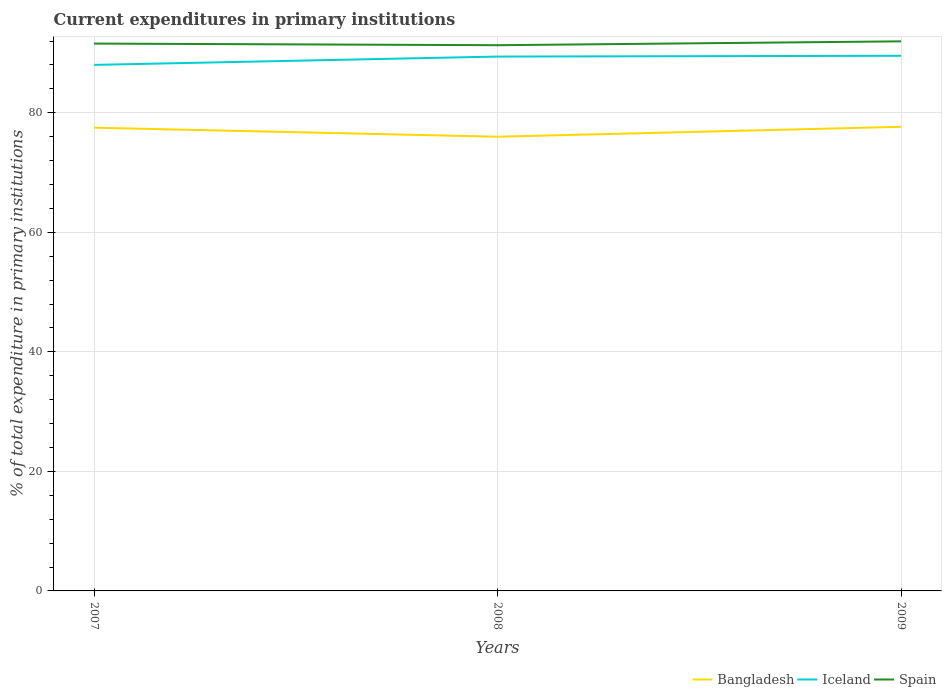
| Years | Bangladesh | Iceland | Spain |
 | --- | --- | --- | --- |
 | 2007 | 77.5 | 88 | 91.6 |
 | 2008 | 76 | 89.4 | 91.3 |
 | 2009 | 77.6 | 89.5 | 91.9 |